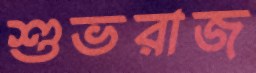
শুভরাজ